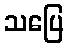
သပြေ